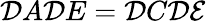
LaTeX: {\cal D}A{\cal D}E={\cal D}C{\cal D}{\cal E}